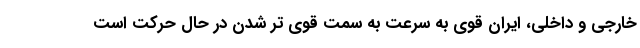
خارجی و داخلی، ایران قوی به سرعت به سمت قوی تر شدن در حال حرکت است